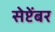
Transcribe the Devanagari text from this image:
सेप्टेंबर